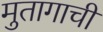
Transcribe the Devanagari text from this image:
मुतागाची